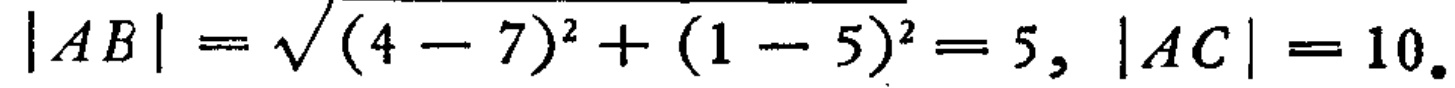
\(|AB|=\sqrt{(4 - 7)^2+(1 - 5)^2}=5, |AC| = 10.\)